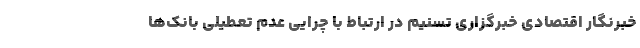
خبرنگار اقتصادی خبرگزاری تسنیم در ارتباط با چرایی عدم تعطیلی بانک‌ها